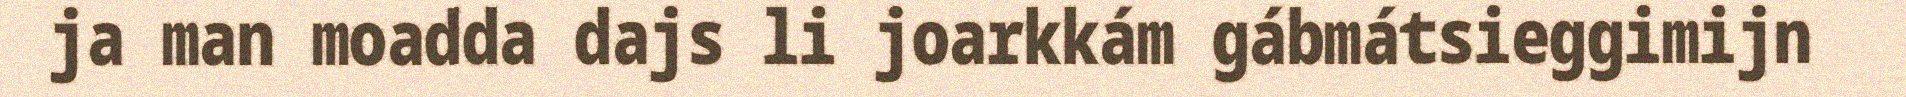
ja man moadda dajs li joarkkám gábmátsieggimijn